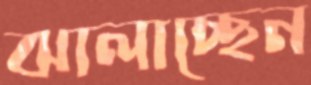
ঝালাচ্ছেন